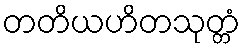
တတိယဟိတသုတ္တံ